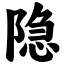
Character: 隐